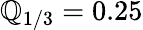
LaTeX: \mathbb{Q}_{1/3}=0.25